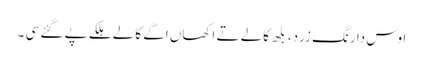
اوس دا رنگ زرد، بلھ کالے تے اکھاں اگے کالے ہلکے پے گئے سی ۔